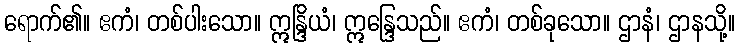
ရောက်၏။ ဧကံ၊ တစ်ပါးသော။ ဣန္ဒြိယံ၊ ဣန္ဒြေသည်။ ဧကံ၊ တစ်ခုသော။ ဌာနံ၊ ဌာနသို့။